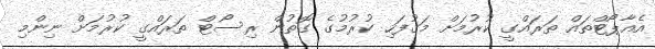
އެއާޕޯޓްތައް ތަރައްގީ ކުރުމަށް މަގުފަހި ކުރުމުގެ ގޮތުން ރިސޯޓް ތަރައްގީ ކުރުމަށް ނިންމި